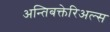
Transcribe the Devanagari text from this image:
अन्तिबक्तेरिअल्स